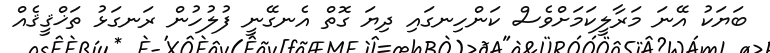
ބަޔަކު އޭނަ މަރާލީކަމަށްވެސް ކަންހިނގައި ދިޔަ ގޮތް އެނގޭނީ ފުލުހުން ރަނގަޅު ތަޚްޤީޤެއް